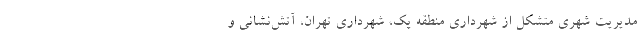
مدیریت شهری متشکل از شهرداری منطقه یک، شهرداری تهران، آتش‌نشانی و